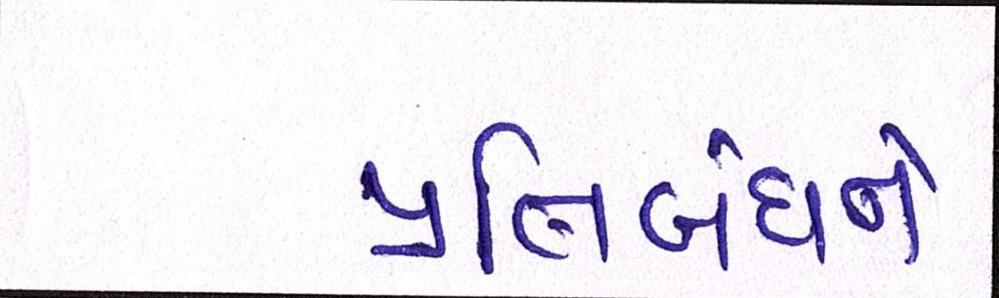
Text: પ્રતિબંધને